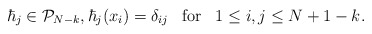
\begin{align*} \hbar_j\in {\mathcal P}_{N-k}, \hbar_j(x_i)=\delta_{ij}\;\;\; {\rm for}\;\;\; 1\le i,j\le N+1-k. \end{align*}